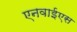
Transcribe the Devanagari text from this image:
एनवाईएस